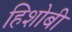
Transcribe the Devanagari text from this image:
हिशोबी